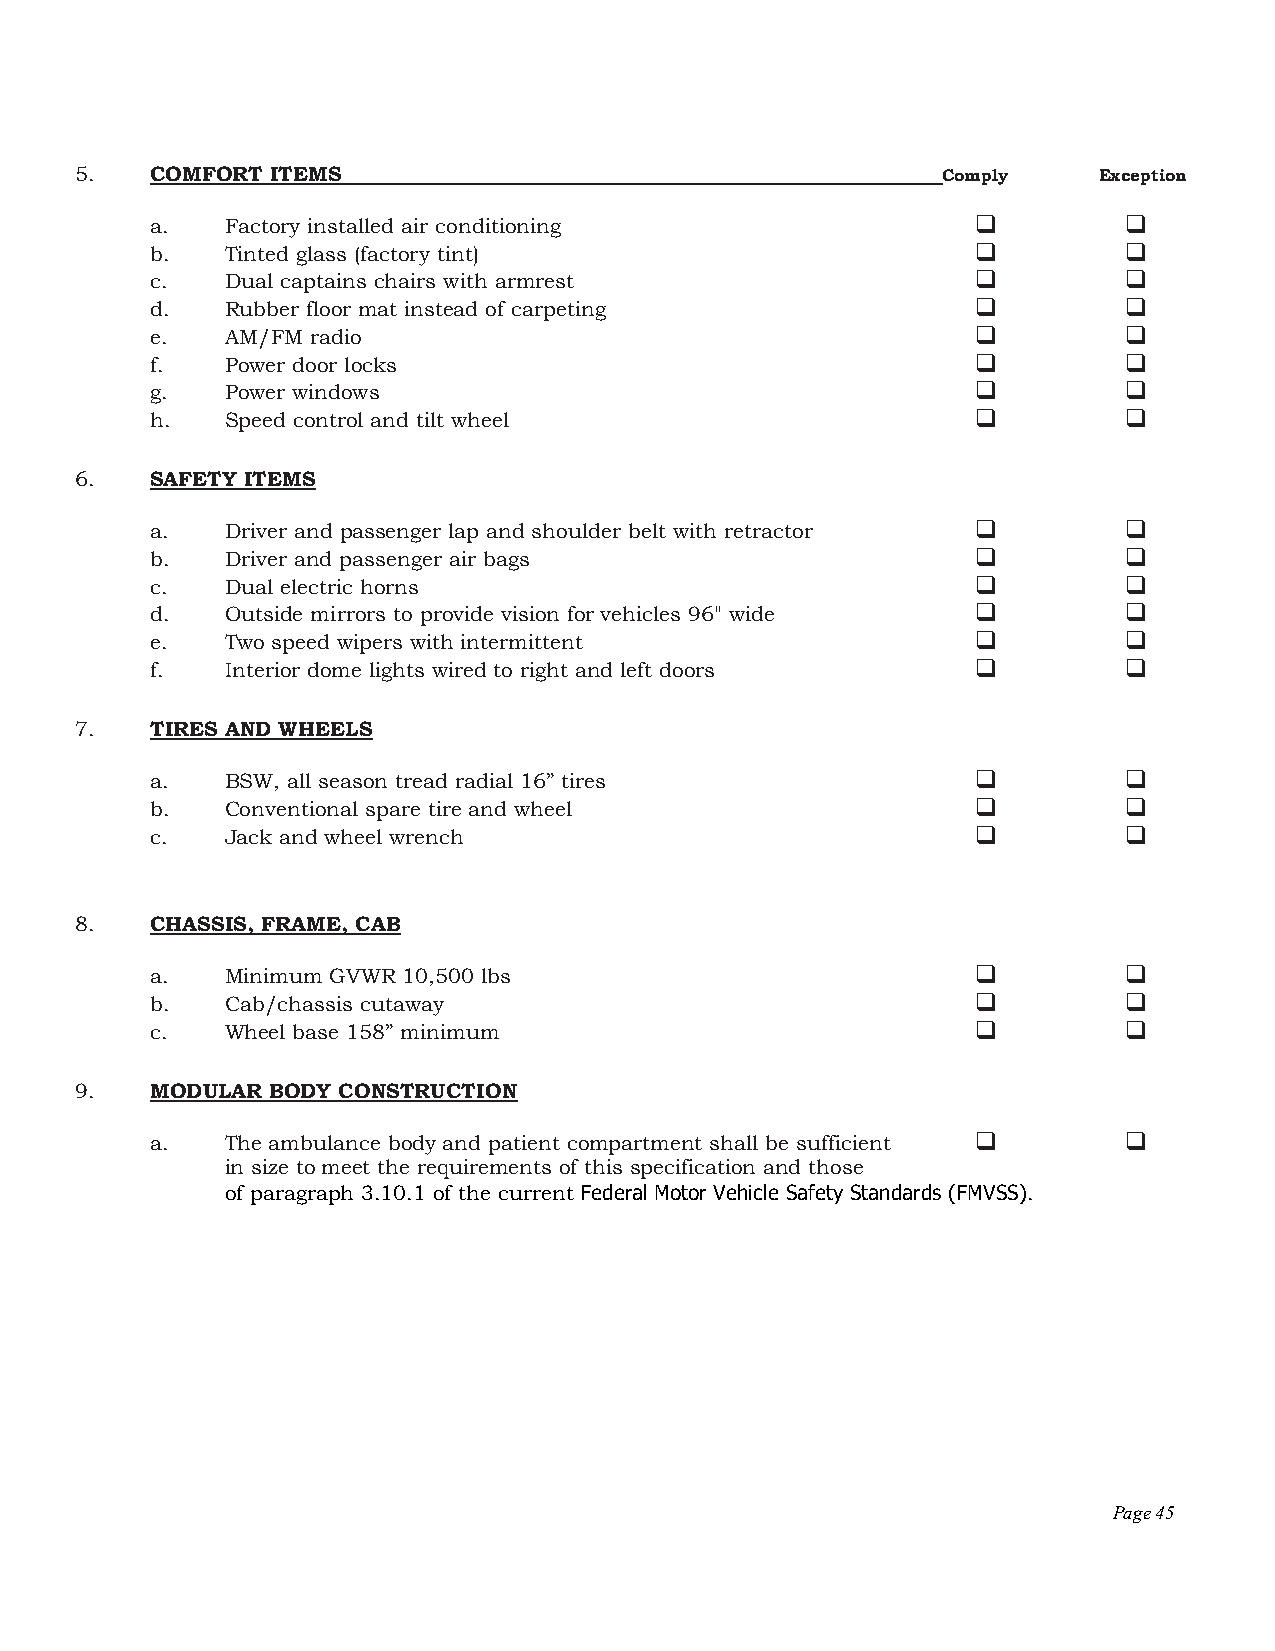
5.   COMFORT ITEMS                                       Comply     Exception
 a.   Factory installed air conditioning                        
 b.   Tinted glass (factory tint)                               
 c.   Dual captains chairs with armrest                         
 d.   Rubber floor mat instead of carpeting                     
 e.   AM/FM radio                                               
 f.   Power door locks                                          
 g.   Power windows                                             
 h.   Speed control and tilt wheel                              
 6.   SAFETY ITEMS
 a.   Driver and passenger lap and shoulder belt with retractor  
 b.   Driver and passenger air bags                             
 c.   Dual electric horns                                       
 d.   Outside mirrors to provide vision for vehicles 96" wide   
 e.   Two speed wipers with intermittent                        
 f.   Interior dome lights wired to right and left doors        
 7.   TIRES AND WHEELS
 a.   BSW, all season tread radial 16” tires                    
 b.   Conventional spare tire and wheel                         
 c.   Jack and wheel wrench                                     
 8.   CHASSIS, FRAME, CAB
 a.   Minimum GVWR 10,500 lbs                                   
 b.   Cab/chassis cutaway                                       
 c.   Wheel base 158” minimum                                   
 9.   MODULAR BODY CONSTRUCTION
 a.   The ambulance body and patient compartment shall be sufficient  
 in size to meet the requirements of this specification and those
 of paragraph 3.10.1 of the current Federal Motor Vehicle Safety Standards (FMVSS).
 Page 45